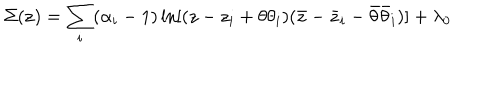
LaTeX: \Sigma ( { \bf z } ) = \sum _ { i } ( \alpha _ { i } - 1 ) \ln [ ( z - z _ { i } + \theta \theta _ { i } ) ( \bar { z } - \bar { z } _ { i } - \bar { \theta } \bar { \theta } _ { i } ) ] + \lambda _ { 0 }